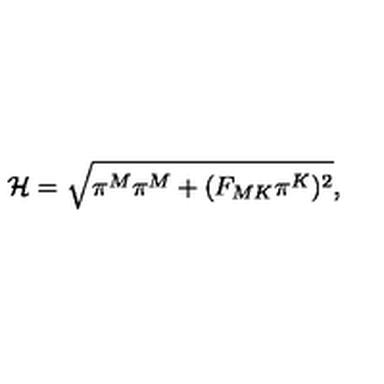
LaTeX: { \cal H } = \sqrt { \pi ^ { M } \pi ^ { M } + ( F _ { M K } \pi ^ { K } ) ^ { 2 } } ,